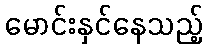
မောင်းနှင်နေသည့်